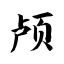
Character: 颅